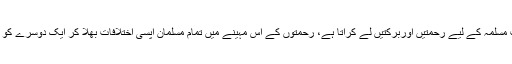
ماہ رمضان امت مسلمہ کے لیے رحمتیں اوربرکتیں لے کرآتا ہے، رحمتوں کے اس مہینے میں تمام مسلمان آپسی اختلافات بھلا کر ایک دوسرے کو رمضان کی …